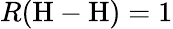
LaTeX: R(\mathrm{H}-\mathrm{H})=1